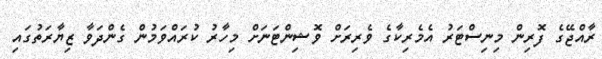
ރާއްޖޭގެ ފޮރިން މިނިސްޓަރު އެމެރިކާގެ ވެރިރަށް ވޮޝިންޓަނަށް މިހާރު ކުރައްވަމުން ގެންދަވާ ޒިޔާރަތުގައި